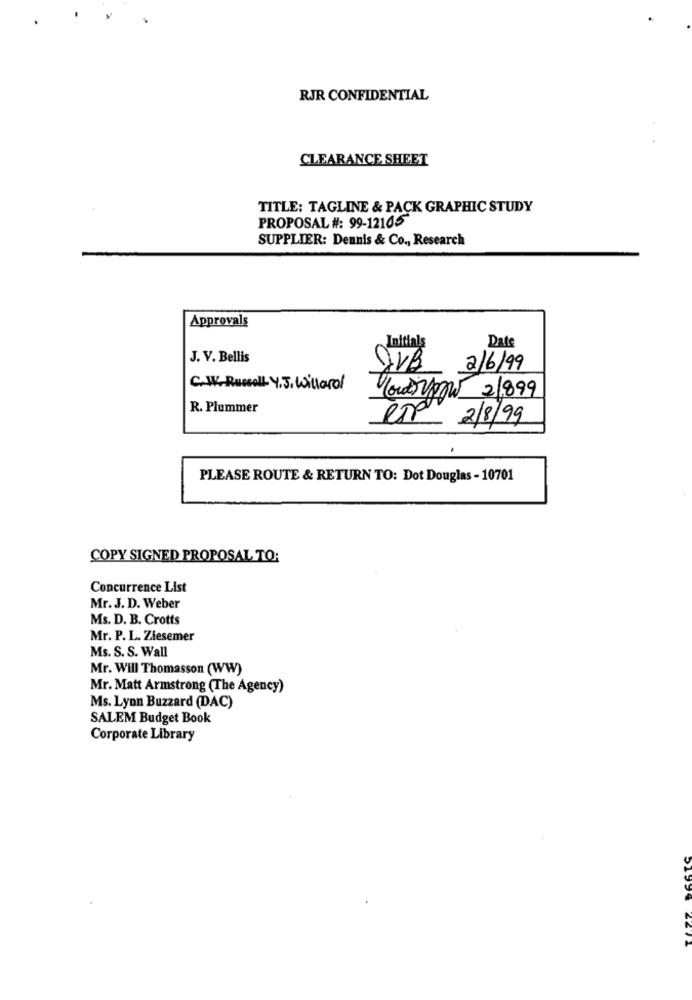
RJR CONFIDENTIAL
CLEARANCE SHEET
TITLE: TAGLINE & PACK GRAPHIC STUDY
PROPOSAL #: 99-12105
SUPPLIER: Dennis & Co ., Research
Approvals
810
Date
Initials
J. V. Bellis
2/6/99
C. W. Russell Y. J. Willard
21899
R. Plummer
2/8/99
PLEASE ROUTE & RETURN TO: Dot Douglas - 10701
COPY SIGNED PROPOSAL TO:
Concurrence List
Mr. J. D. Weber
Ms. D. B. Crotts
Mr. P. L. Ziesemer
Ms. S. S. Wall
Mr. Will Thomasson (WW)
Mr. Matt Armstrong (The Agency)
Ms. Lynn Buzzard (DAC)
SALEM Budget Book
Corporate Library